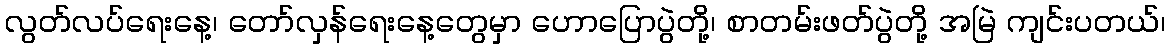
လွတ်လပ်ရေးနေ့၊ တော်လှန်ရေးနေ့တွေမှာ ဟောပြောပွဲတို့၊ စာတမ်းဖတ်ပွဲတို့ အမြဲ ကျင်းပတယ်၊